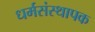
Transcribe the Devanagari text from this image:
धर्मसंस्थापक